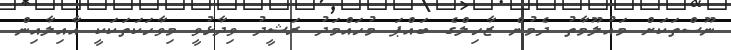
ނޫސްތަކަށް މައުލޫމާތު ދެމުން ޒާހިލްގެ ބައްޕަ މުހައްމަދު ރަޝީދު ވިދާޅުވީ މިވާހަކަތަކަކީ އާއިލާއިން